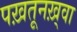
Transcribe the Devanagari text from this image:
पख़तूनख़्वा